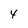
Character: 4